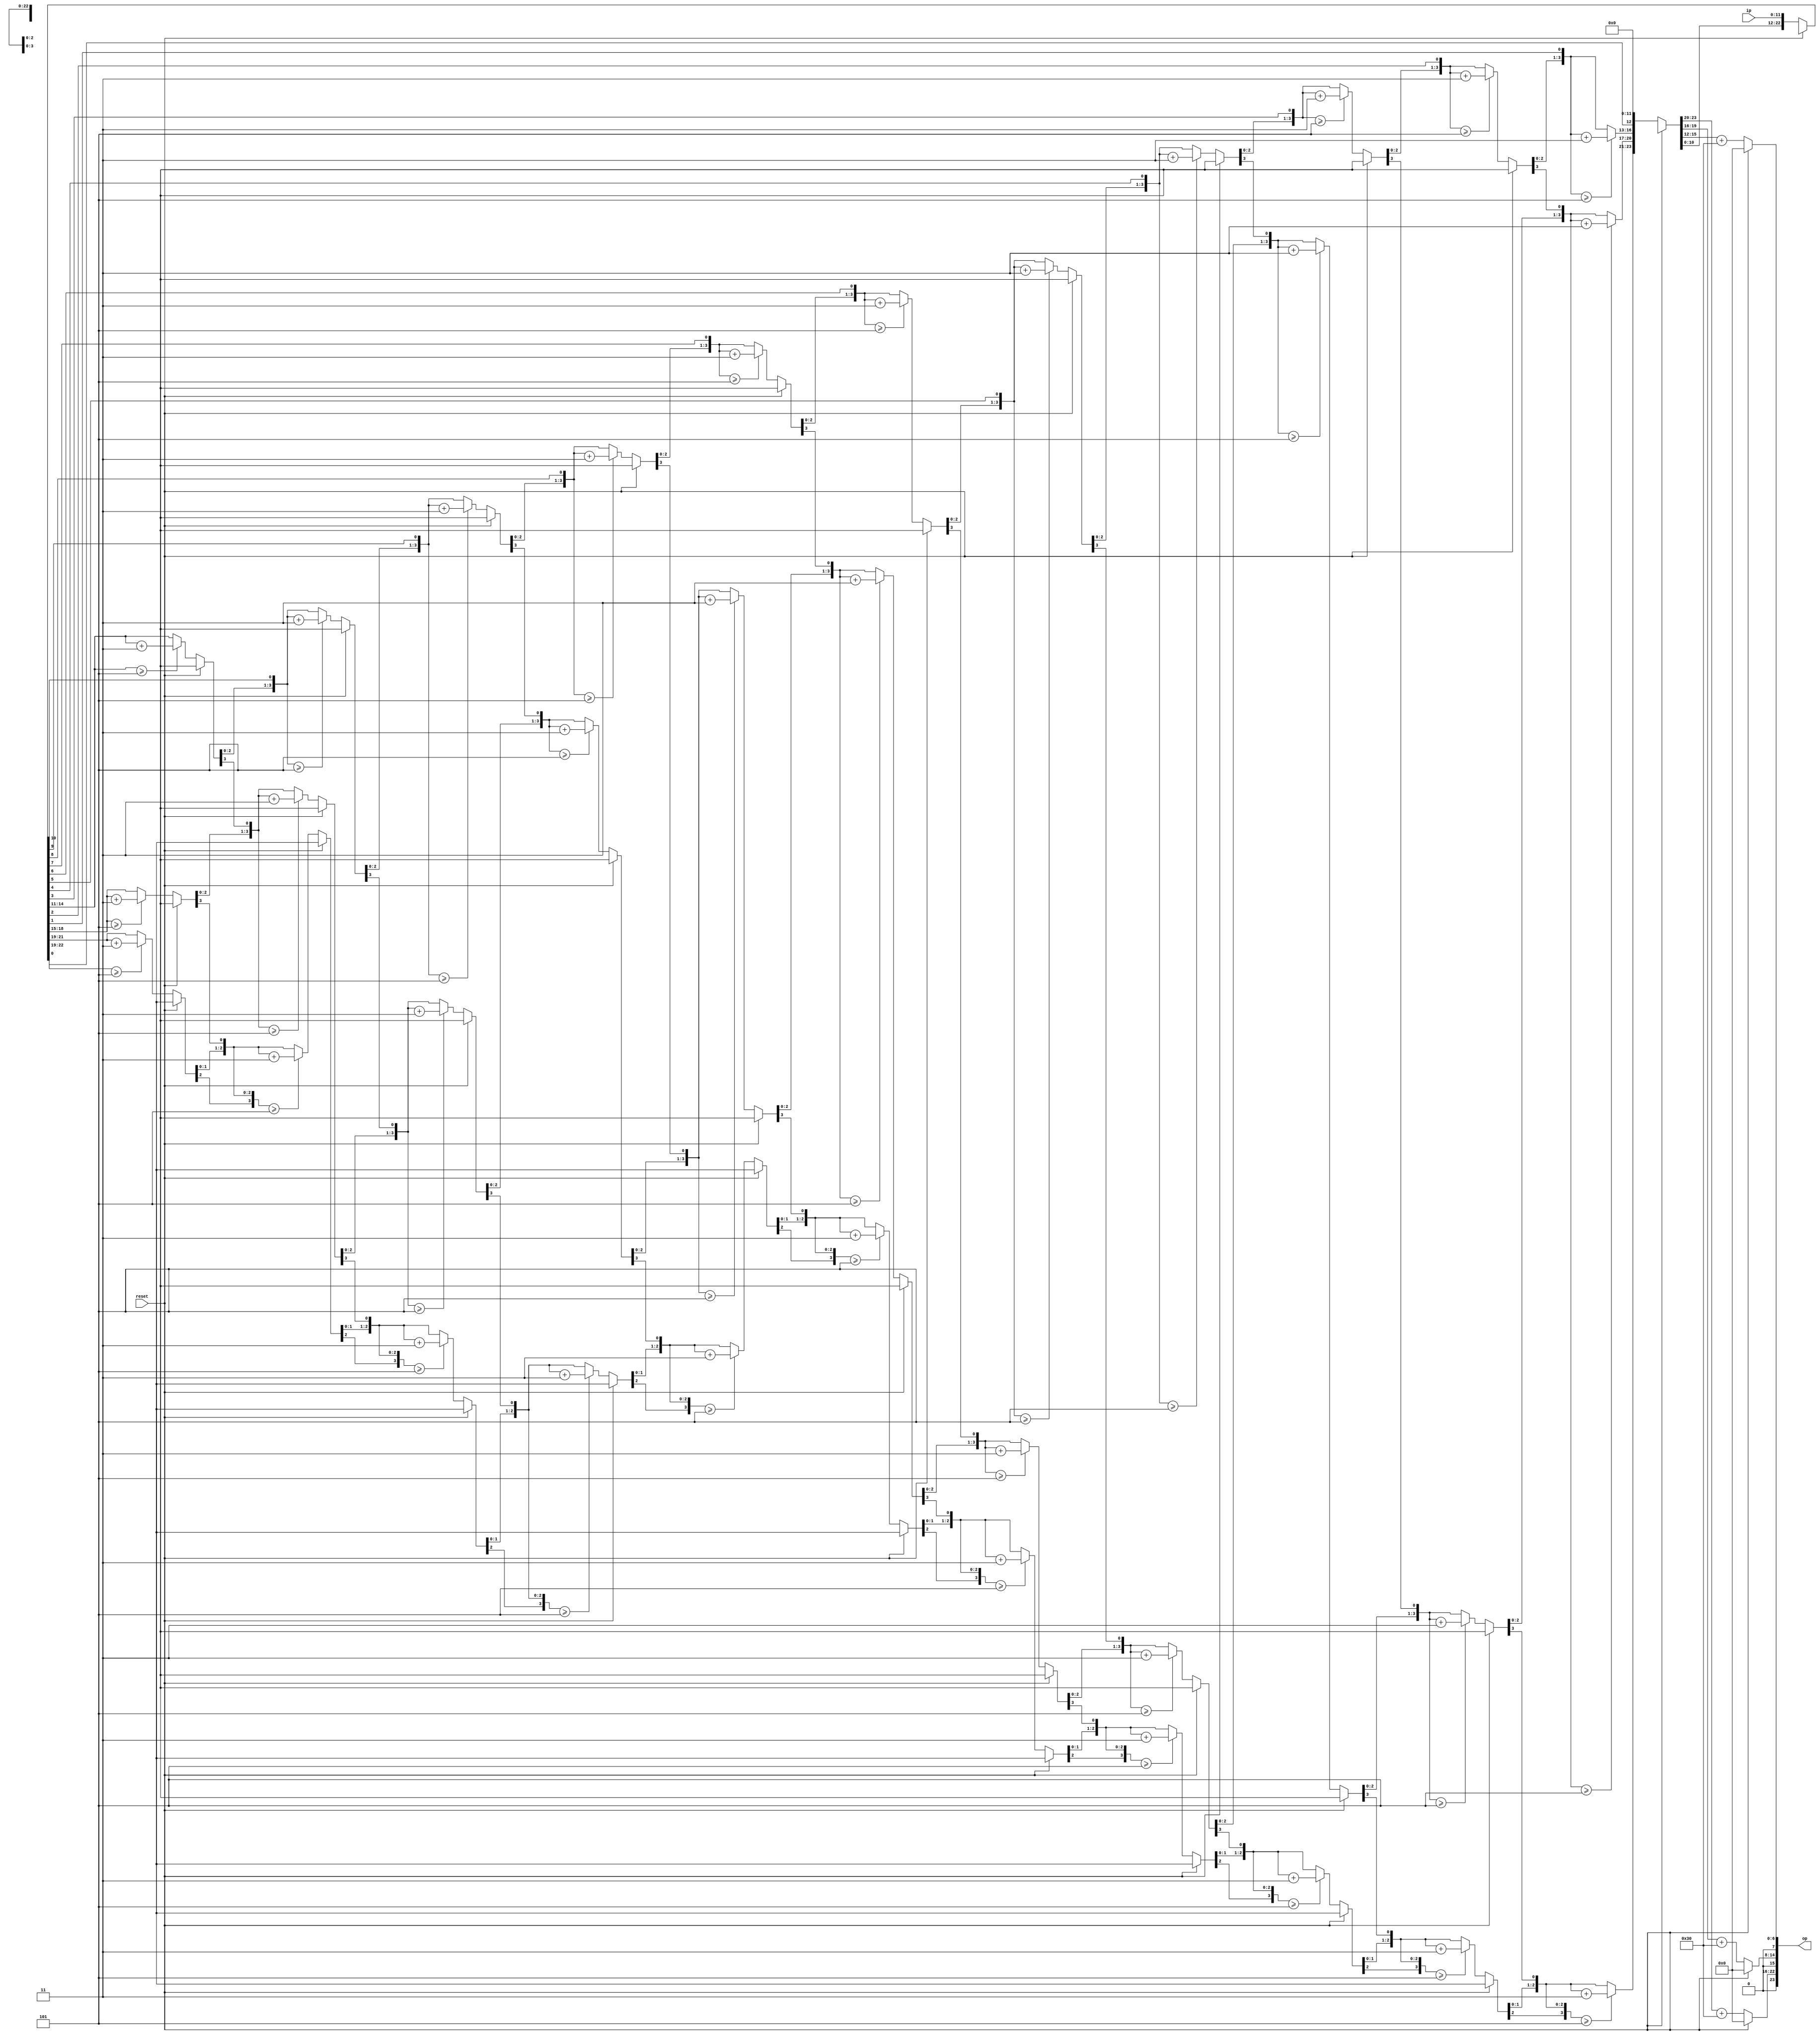
module hex_to_BCD(	reset,
							ip,
							op
							);

input reset;
input [11:0] ip;
output [23:0] op;
reg [23:0] op_reg = 24'b0;

reg [23:0] temp = 24'b0;
reg[3:0] count = 4'b0;
assign op = op_reg[23:0];

always @ (ip)
begin
if(reset == 1'b1)
	begin
		count = 4'b0;
		temp = 24'b0;
		op_reg = 24'b0;
	end
else
	begin
		if(count == 4'b0)
			temp[23:0] = {temp[11:0],ip[11:0]};

		for(count = 4'b0; count<4'd11; count= count+1'b1)
		begin
			temp = temp << 1;
			if(temp[15:12] >= 4'b0101 )
				temp[15:12] = temp[15:12] + 4'b0011;
			if(temp[19:16] >= 4'b0101 )
				temp[19:16] = temp[19:16] + 4'b0011;
			if(temp[23:20] >= 4'b0101 )
				temp[23:20] = temp[23:20] + 4'b0011;
		end
		
		if(count == 4'b1011)
			begin
				temp = temp << 1;
				count = 4'b0;
			end
		else ;
		
		op_reg[23:16] =  temp[23:20]+8'h30;
		op_reg[15:8]  =  temp[19:16]+8'h30;
		op_reg[7:0]   =  temp[15:12]+8'h30;
	end
end
endmodule